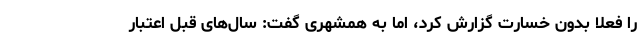
را فعلا بدون خسارت گزارش کرد، اما به همشهری گفت: سال‌های قبل اعتبار